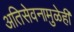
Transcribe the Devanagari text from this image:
अतिसेवनामुळेही